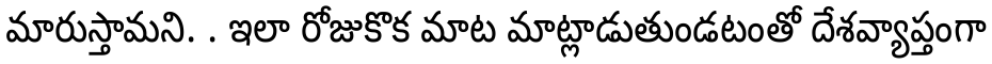
మారుస్తామని. . ఇలా రోజుకొక మాట మాట్లాడుతుండటంతో దేశవ్యాప్తంగా